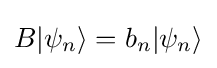
B|\psi _{n}\rangle =b_{n}|\psi _{n}\rangle